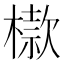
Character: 㯘